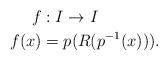
LaTeX: \begin{align*}f&:I\to I\\f(x)&=p(R(p^{-1}(x))).\end{align*}